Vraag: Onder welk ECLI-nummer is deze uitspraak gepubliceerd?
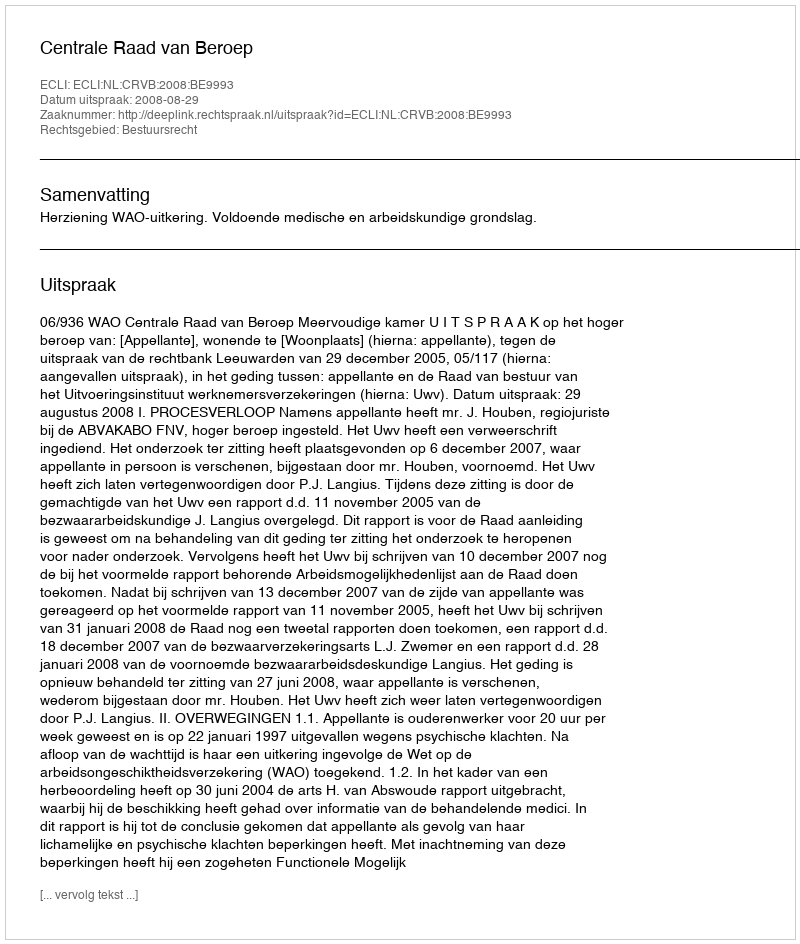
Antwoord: ECLI:NL:CRVB:2008:BE9993